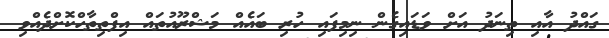
ގައްދު އާއި ތިނަދު އަށް ވަޑައިގެން ނިމިފައި ހުރި ބައެއް މަޝްރޫއުތައް އިފްތިތާހްކޮށްދެއްވި